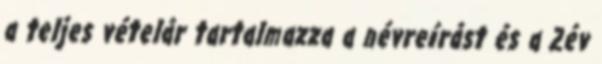
a teljes vételár tartalmazza a névreírást és a 2év